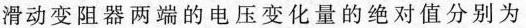
滑动变阻器两端的电压变化量的绝对值分别为